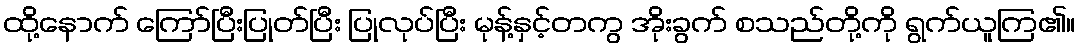
ထို့နောက် ကြော်ပြီးပြုတ်ပြီး ပြုလုပ်ပြီး မုန့်နှင့်တကွ အိုးခွက် စသည်တို့ကို ရွက်ယူကြ၏။